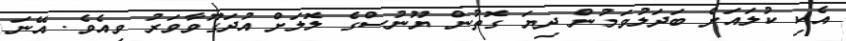
އެކި ކުލައަށް ބަދަލުވަމުން ދިޔަ ގޮތުން ޔޫނުސްގެ ލޮލަށް އުދަގޫވާވަރު ވިއެވެ. އޭނަ